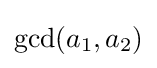
\gcd(a_{1},a_{2})